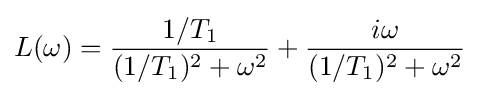
L(\omega )={\frac {1/T_{1}}{(1/T_{1})^{2}+\omega ^{2}}}+{\frac {i\omega }{(1/T_{1})^{2}+\omega ^{2}}}